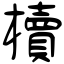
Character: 櫝